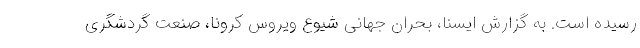
رسیده است. به گزارش ایسنا، بحران جهانی شیوع ویروس کرونا، صنعت گردشگری